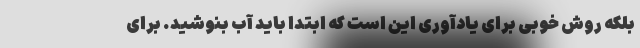
بلکه روش خوبی برای یادآوری این است که ابتدا باید آب بنوشید. برای